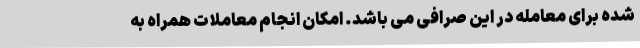
شده برای معامله در این صرافی می باشد. امکان انجام معاملات همراه به